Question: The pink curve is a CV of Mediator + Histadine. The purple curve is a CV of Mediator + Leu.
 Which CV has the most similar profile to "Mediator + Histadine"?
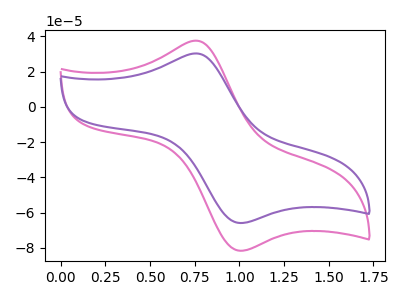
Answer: <think>The pink curve "Mediator + Histadine" has an anodic peak at (0.75V, 37.60uA) and a cathodic peak at (1.00V, -81.70uA). The purple curve "Mediator + Leu" has an anodic peak at (0.75V, 30.35uA) and a cathodic peak at (1.00V, -65.95uA).
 All the peaks in "Mediator + Histadine" have a peak in "Mediator + Leu" at the same potential. Every peak in "Mediator + Histadine" is higher than every peak in "Mediator + Leu".</think>
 <answer>The CV with the most similar shape to "Mediator + Leu" is "Mediator + Histadine".</answer>
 <eval>"Mediator + Histadine"</eval>